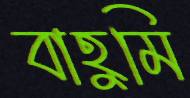
বাহুমি